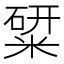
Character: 䊙